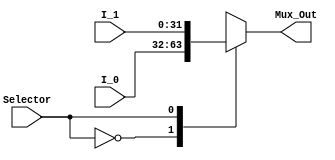
module Mux2x1
#
(
	parameter DATA_WIDTH = 32
)
(
	input						Selector,
	input			[DATA_WIDTH-1:0]	I_0,
	input			[DATA_WIDTH-1:0]	I_1,
	
	output reg 	[DATA_WIDTH-1:0]	Mux_Out
);

	always@(*) begin
		case (Selector)
			0	:	Mux_Out = I_0;
			1	:	Mux_Out = I_1;
		endcase	
	end
endmodule